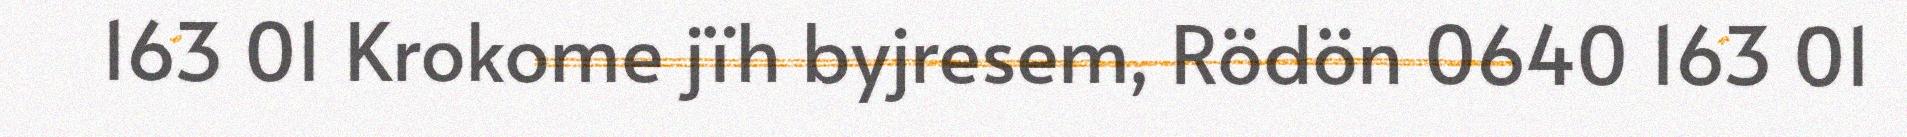
163 01 Krokome jïh byjresem, Rödön 0640 163 01